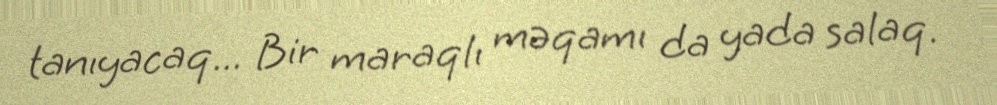
tanıyacaq... Bir maraqlı məqamı da yada salaq.